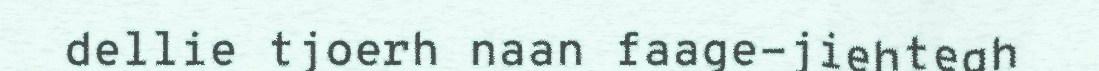
dellie tjoerh naan faage-jiehtegh